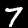
Label: 7